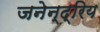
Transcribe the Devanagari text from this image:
जनेन्द्रिय